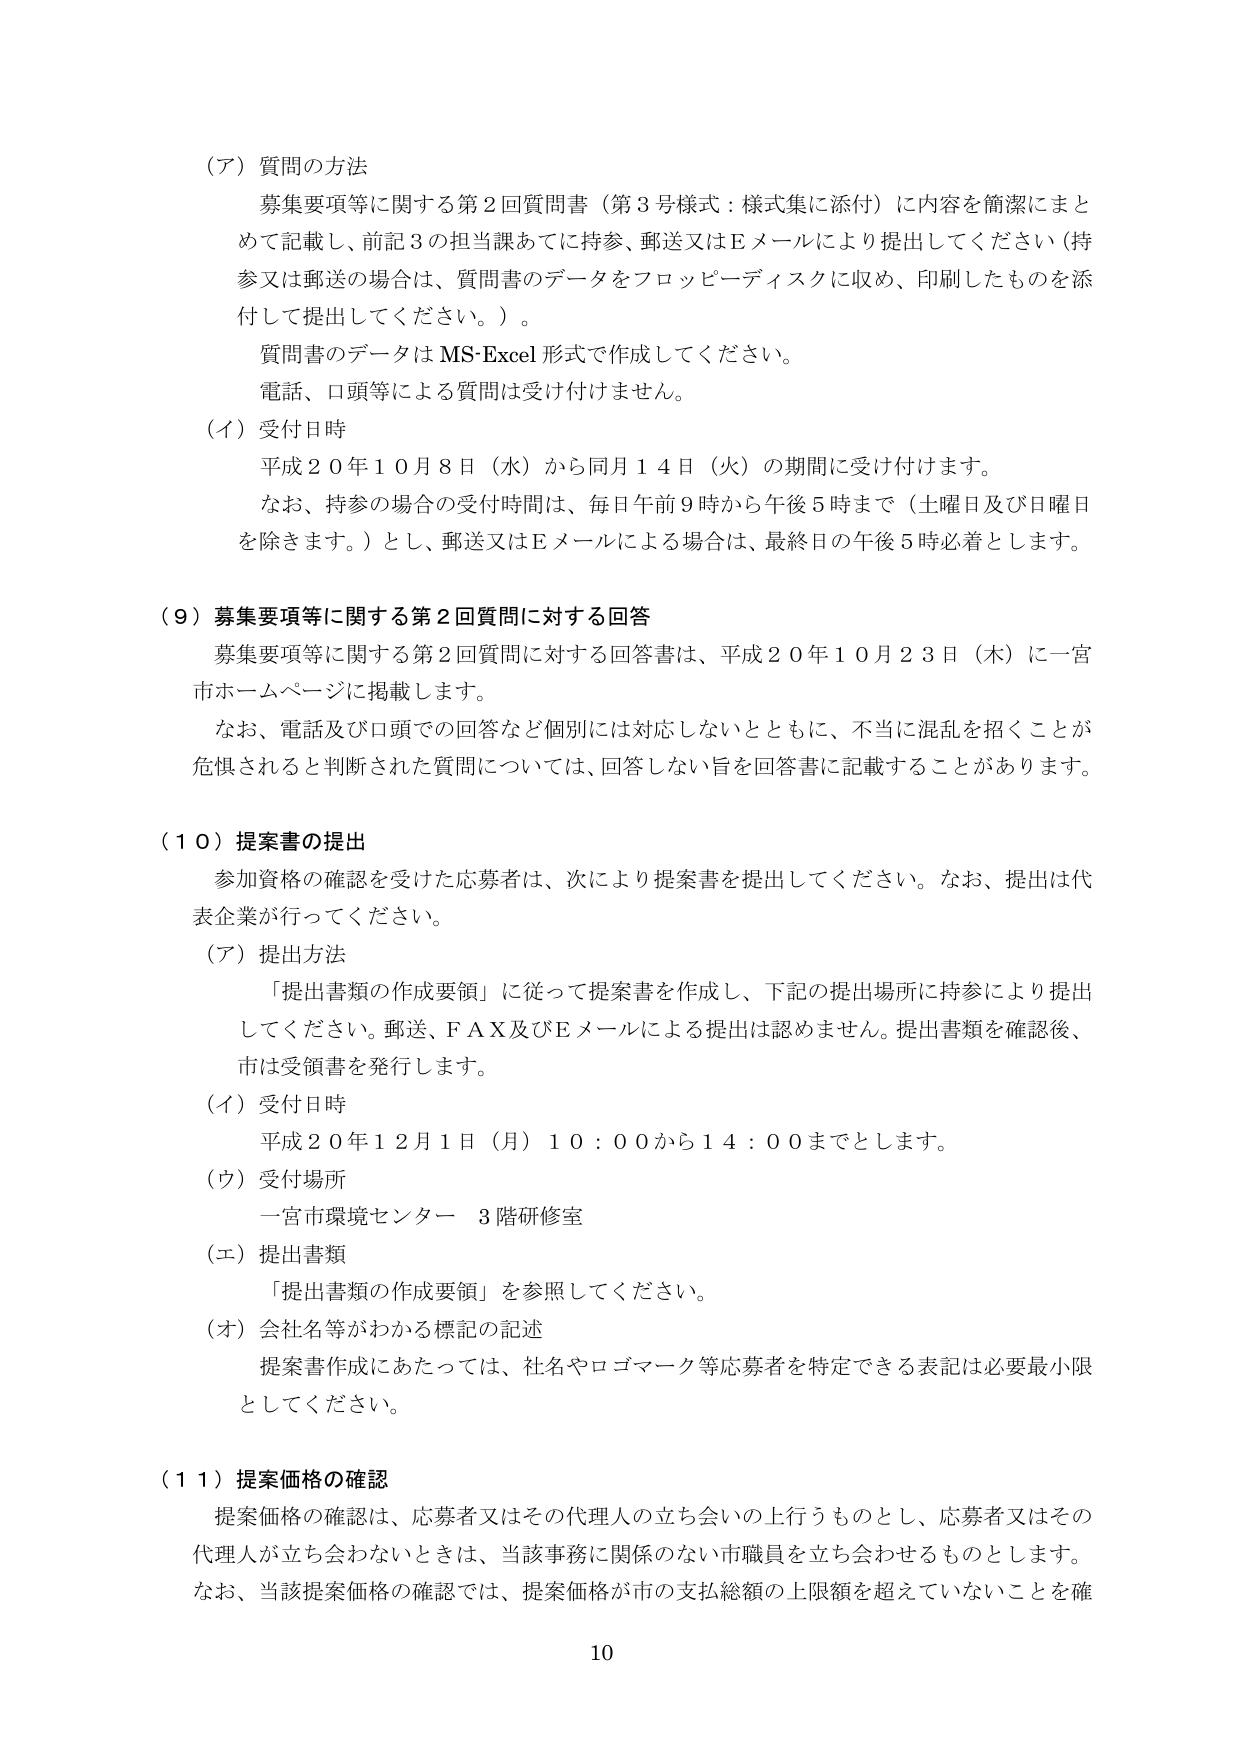
（ア）質問の方法
募集要項等に関する第２回質問書（第３号様式：様式集に添付）に内容を簡潔にまとめて記載し、前記３の担当課あてに持参、郵送又はＥメールにより提出してください（持参又は郵送の場合は、質問書のデータをフロッピーディスクに収め、印刷したものを添付して提出してください。）。
質問書のデータはMS-Excel形式で作成してください。
電話、口頭等による質問は受け付けません。

（イ）受付日時
平成２０年１０月８日（水）から同月１４日（火）の期間に受け付けます。
なお、持参の場合の受付時間は、毎日午前９時から午後５時まで（土曜日及び日曜日を除きます。）とし、郵送又はＥメールによる場合は、最終日の午後５時必着とします。

（９）募集要項等に関する第２回質問に対する回答
募集要項等に関する第２回質問に対する回答書は、平成２０年１０月２３日（木）に一宮市ホームページに掲載します。
なお、電話及び口頭での回答など個別には対応しないとともに、不当地に混乱を招くことが危惧されると判断された質問については、回答しない旨を回答書に記載することがあります。

（１０）提案書の提出
参加資格の確認を受けた応募者は、次により提案書を提出してください。なお、提出は代表企業が行ってください。

（ア）提出方法
「提出書類の作成要領」に従って提案書を作成し、下記の提出場所に持参により提出してください。郵送、ＦＡＸ及びＥメールによる提出は認めません。提出書類を確認後、市は受領書を発行します。

（イ）受付日時
平成２０年１２月１日（月）１０：００から１４：００までとします。

（ウ）受付場所
一宮市環境センター ３階研修室

（エ）提出書類
「提出書類の作成要領」を参照してください。

（オ）会社名等がわかる標記の記述
提案書作成にあたっては、社名やロゴマーク等応募者を特定できる表記は必要最小限としてください。

（１１）提案価格の確認
提案価格の確認は、応募者又はその代理人の立ち会いの上行うものとし、応募者又はその代理人が立ち会わないときは、当該事務に関係のない市職員を立ち会わせるものとします。
なお、当該提案価格の確認では、提案価格が市の支払総額の上限額を超えていないことを確

10